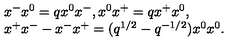
\begin{array} { l } { x ^ { - } x ^ { 0 } = q x ^ { 0 } x ^ { - } , x ^ { 0 } x ^ { + } = q x ^ { + } x ^ { 0 } , } \\ { x ^ { + } x ^ { - } - x ^ { - } x ^ { + } = ( q ^ { 1 / 2 } - q ^ { - 1 / 2 } ) x ^ { 0 } x ^ { 0 } . } \\ \end{array}